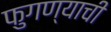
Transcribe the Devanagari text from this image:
फुगण्याची